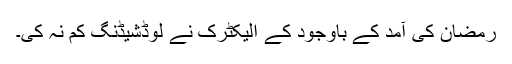
رمضان کی آمد کے باوجود کے الیکٹرک نے لوڈشیڈنگ کم نہ کی۔